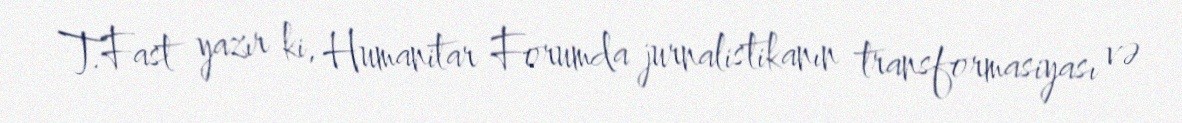
T.Fast yazır ki, Humanitar Forumda jurnalistikanın transformasiyası və